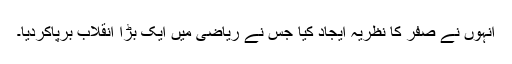
انہوں نے صفر کا نظریہ ایجاد کیا جس نے ریاضی میں ایک بڑا انقلاب برپاکردیا۔